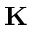
\mathbf { K }